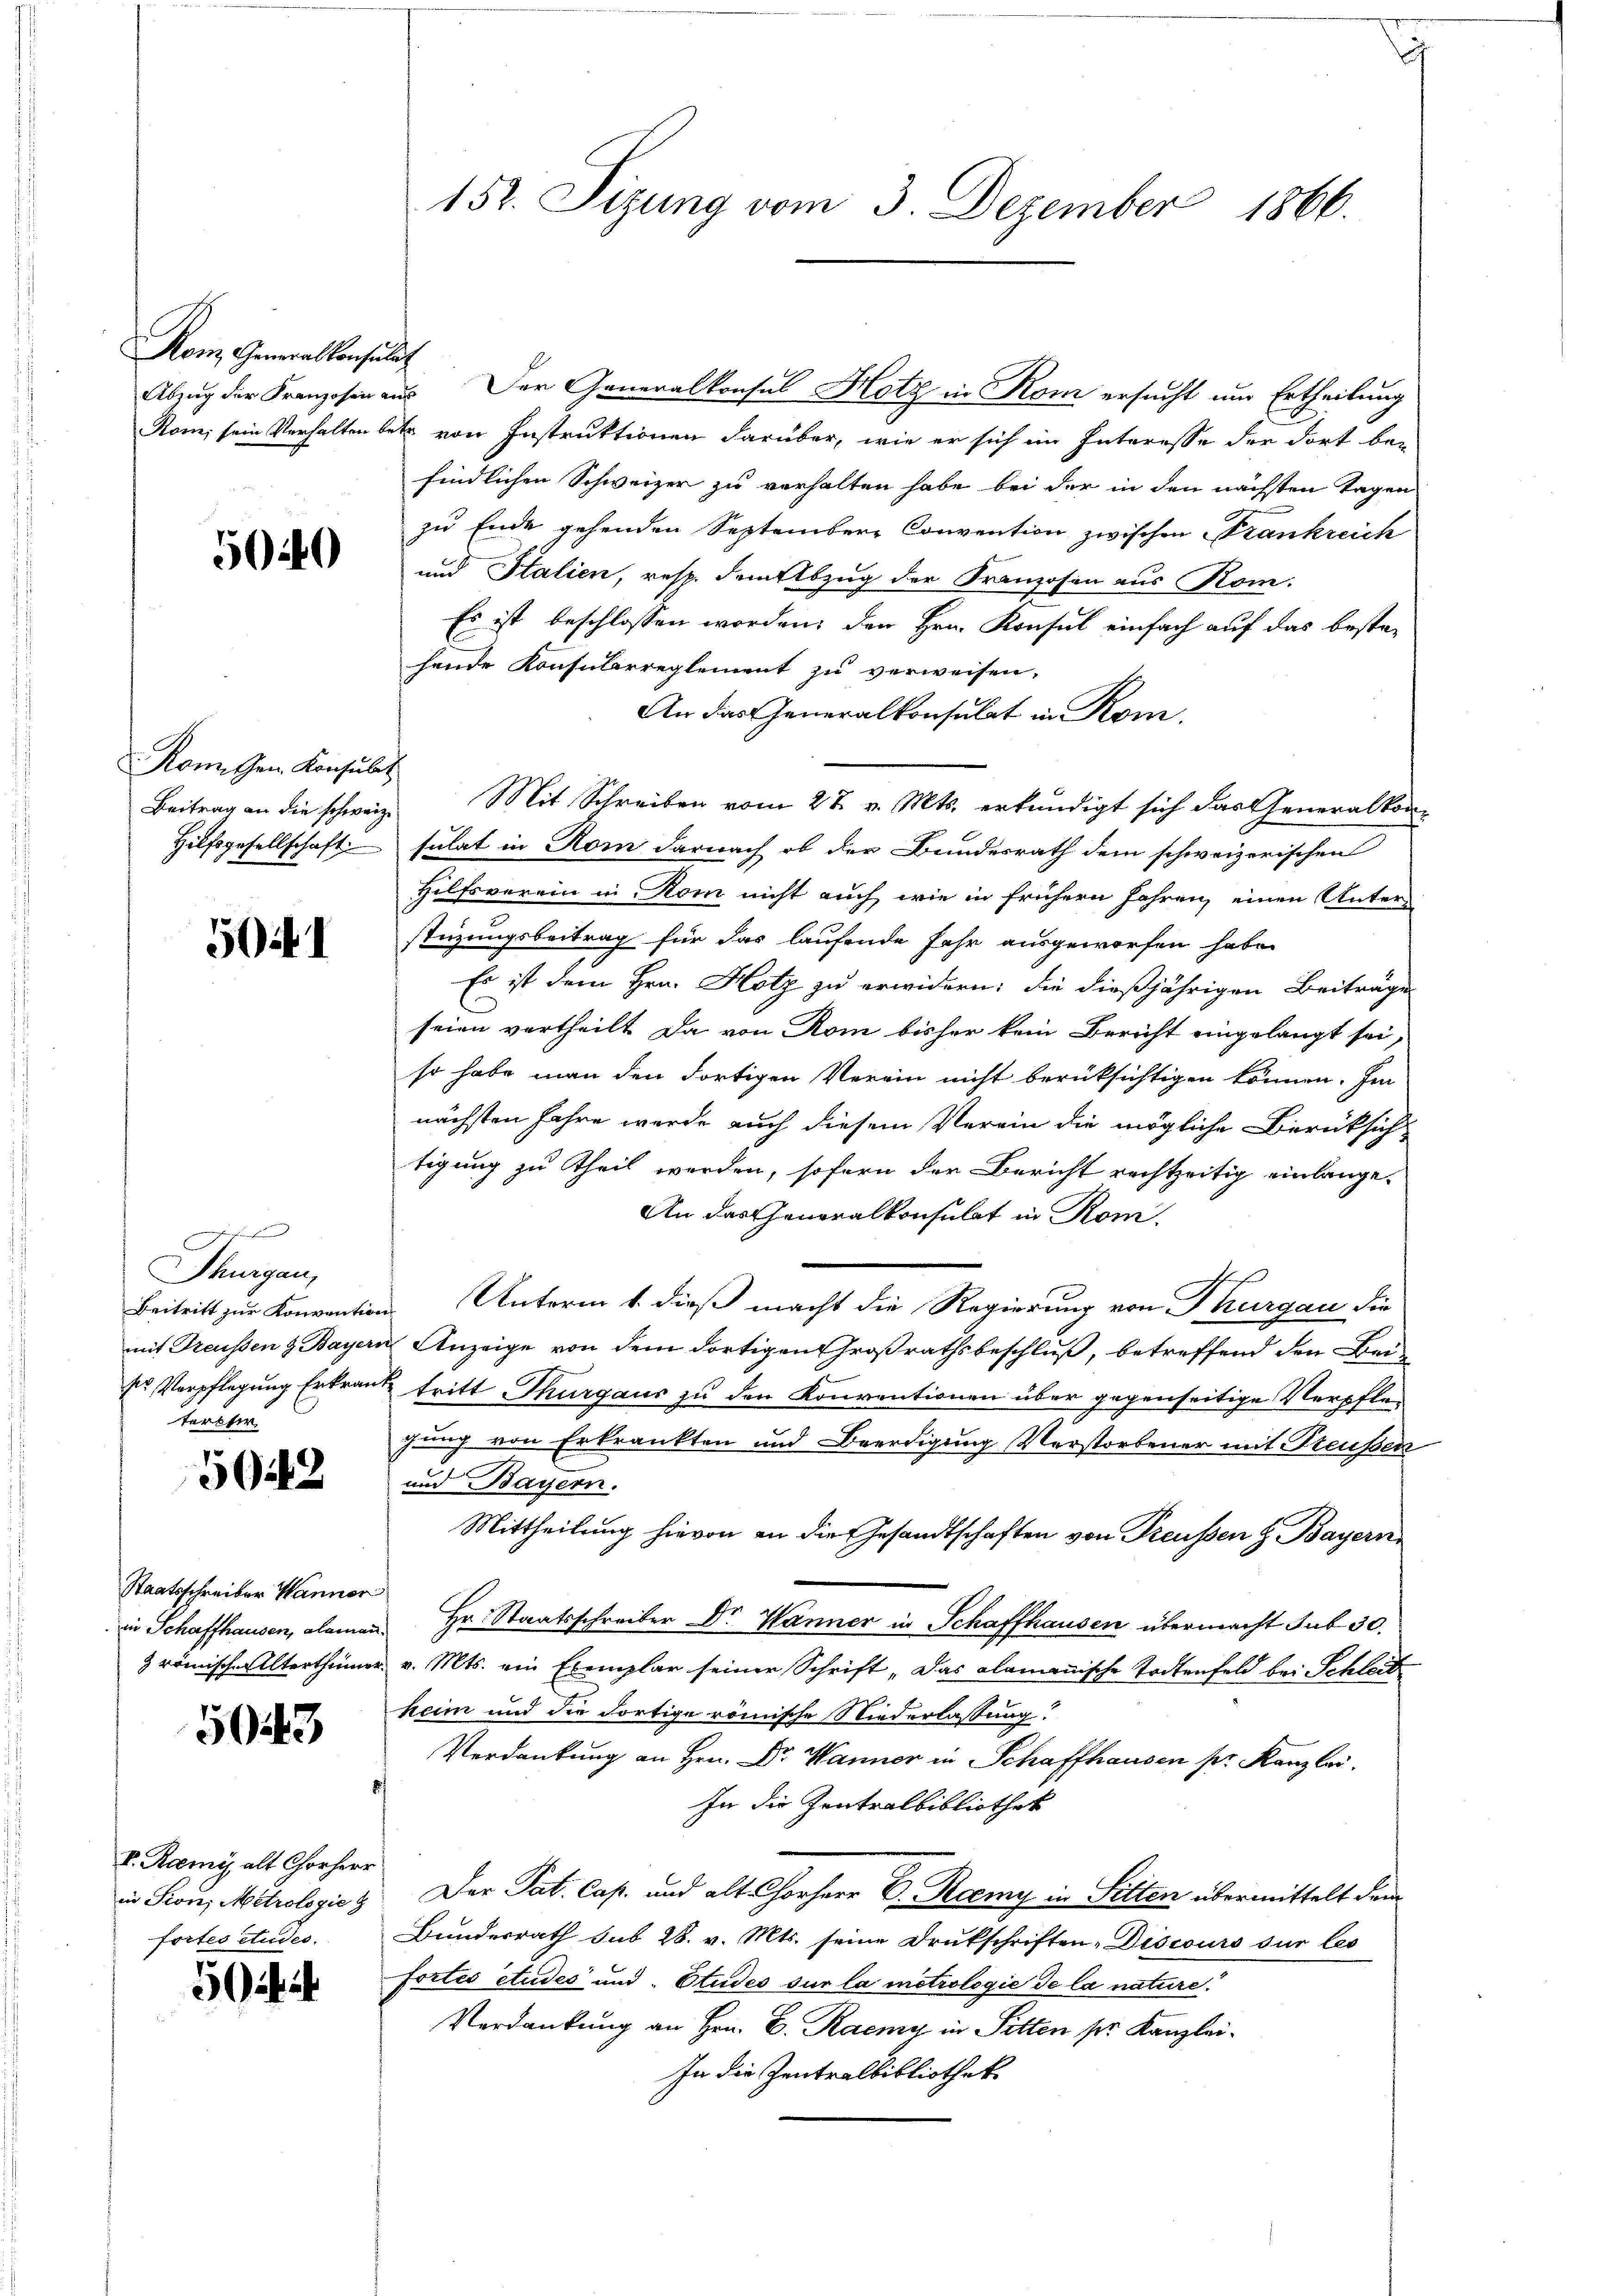
Kon Generalkonsulat

5040

Kon. Gen. Konsulat

5041

te
Thurgau,
ses Verpflegung Erkra
tereser

5042

Staatsschreiber Wanner

5043

V. Remy alt Chorherr
fortes Audes.

50

152. Sizung vom 3. Dezember 1866.

Abzug der Franzosen aus der Generalkonsul Hotz in Rom ersucht um Ertheilung
Rom, sein Verhalten betr. von Instruktionen darüber, wie er sich im Interesse der dort bei
findlichen Schweizer zu verhalten habe bei der in den nächsten Tagen
zu Ende gehenden September Convention zwischen Frankreich
und Italien, resp. dem Abzug der Franzosen aus Rom.
Es ist beschlossen worden, den Hrn. Konsul einfach auf das bestehende Konsularreglement zu verweisen,
An das Generalkonsulat in Rom.
Beitrag an die schweiz. Mit Schreiben vom 27. v. Mts. erkundigt sich das Generalkon¬
Hilfsgesellschaft sulat in Rom darnach ob der Bundesrath dem schweizerischen
Hilfsverein in Rom nicht auch wie in frühern Jahren, einen Unterstüzungsbeitrag für das laufende Fehr ausgeworfen habe.
Es ist dem Hrn. Hotz zu erwidern; die dießjährigen Beiträge
seien vertheilt. Da von Rom bisher kein Bericht eingelangt sei,
so habe man den dortigen Verein nicht berüksichtigen können. Im
nächsten Jahre werde auch diesem Verein die mögliche Berüksich
tigung zu theil werden, sofern der Bericht rechtzeitig einlange¬
An das Generalkonsulat in Rom.
Beitritt zur Konvention. Unterm 1. dieß macht die Regierung von Thurgau die
mit Treussen & Bayern Anzeige von dem dortigen Großrathsbeschluß, betreffend den Beute tritt Thurgaus zu den Konventionen über gegenseitige Verpflegung von Erkrankten und Beerdigung Verstorbener mit Preußen
und Bayern.
Mittheilung hievon an die Gesandtschaften von Preußen H. Bayern
in Schaffhausen, alamen Hr. Staatsschreiber Dr. Wanner in Schaffhausen übermacht sub 30.
& römische Alterthümer v. Mts. ein Exemplar seiner Schrift „Das alamanische Todtenfeld bei Schleit
heim und die dortige römische Niederlassung.
Verdankung an Hrn. Dr Wanner in Schaffhausen pr. Kanzlei.
In die Zentralbibliothek
in Sou, Metrologie z. Der Pat. Cap. und als Chorherr D. Remy in Sitten übermittelt dem
Bundesrath sub 28. v. Mts. seine Drukschriften, Discours sur les
Fortes Studes und Etudes sur la metrologie de la nature.
Verdankung an Hrn. B. Raemy in Sitten pr. Kanzlei¬
In die Zentralbibliothek

.